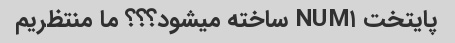
پایتخت NUM۱ ساخته میشود؟؟؟ ما منتظریم